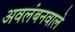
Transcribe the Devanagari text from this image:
अवलंबनवाले